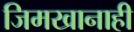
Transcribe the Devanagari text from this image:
जिमखानाही